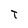
Character: t